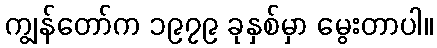
ကျွန်တော်က ၁၉၇၉ ခုနှစ်မှာ မွေးတာပါ။